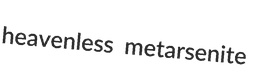
heavenless metarsenite